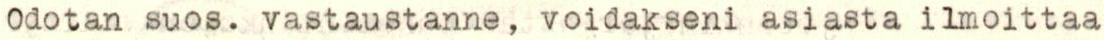
Odotan suos. vastaustanne, voidakseni asiasta ilmoittaa